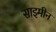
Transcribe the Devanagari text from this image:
साइमीन